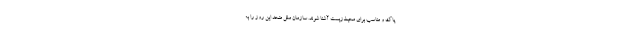
پاک و مناسب برای محیط‌زیست آشنا شوند. سازمان ملل متحد این روز را به